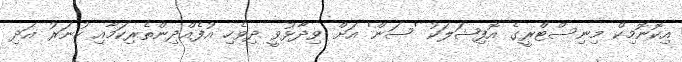
އިކޮނޮމިކް މިނިސްޓްރީގެ އޮފިޝަލަކު 'ސަން' އަށް ވިދާޅުވީ ދިވެހި އުފެއްދިންތެރިކަމާއި ހުނަރު އަދި